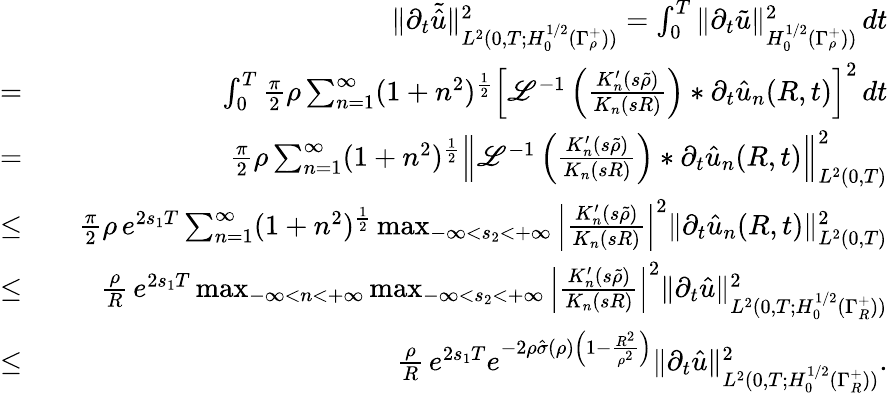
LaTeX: \begin{array}{rlr}&{}&{\| \partial_{t}\tilde{\hat{u}}\| _{L^{2}(0,T;H_{0}^{1/2}(\Gamma_{\rho}^{+}))}^{2}=\int_{0}^{T}\| \partial_{t}\tilde{u}\| _{H_{0}^{1/2}(\Gamma_{\rho}^{+}))}^{2}\, dt}\\ {=}&{}&{\int_{0}^{T}\frac{\pi}{2}\rho\sum_{n=1}^{\infty}(1+n^{2})^{\frac{1}{2}}\left[\mathscr{L}^{-1}\left(\frac{K_{n}^{\prime}(s\tilde{\rho})}{K_{n}(sR)}\right)*\partial_{t}\hat{u}_{n}(R,t)\right]^{2}\, dt}\\ {=}&{}&{\frac{\pi}{2}\rho\sum_{n=1}^{\infty}(1+n^{2})^{\frac{1}{2}}\Big\| \mathscr{L}^{-1}\left(\frac{K_{n}^{\prime}(s\tilde{\rho})}{K_{n}(sR)}\right)*\partial_{t}\hat{u}_{n}(R,t)\Big\| _{L^{2}(0,T)}^{2}}\\ {\leq}&{}&{\frac{\pi}{2}\rho\, e^{2s_{1}T}\sum_{n=1}^{\infty}(1+n^{2})^{\frac{1}{2}}\operatorname*{max}_{-\infty<s_{2}<+\infty}\left|\frac{K_{n}^{\prime}(s\tilde{\rho})}{K_{n}(sR)}\right|^{2}\| \partial_{t}\hat{u}_{n}(R,t)\| _{L^{2}(0,T)}^{2}}\\ {\leq}&{}&{\frac{\rho}{R}\, e^{2s_{1}T}\operatorname*{max}_{-\infty<n<+\infty}\operatorname*{max}_{-\infty<s_{2}<+\infty}\left|\frac{K_{n}^{\prime}(s\tilde{\rho})}{K_{n}(sR)}\right|^{2}\| \partial_{t}\hat{u}\| _{L^{2}(0,T;H_{0}^{1/2}(\Gamma_{R}^{+}))}^{2}}\\ {\leq}&{}&{\frac{\rho}{R}\, e^{2s_{1}T}e^{-2\rho\hat{\sigma}(\rho)\left(1-\frac{R^{2}}{\rho^{2}}\right)}\| \partial_{t}\hat{u}\| _{L^{2}(0,T;H_{0}^{1/2}(\Gamma_{R}^{+}))}^{2}.}\end{array}